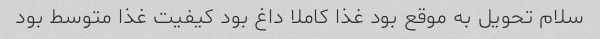
سلام تحویل به موقع بود غذا کاملا داغ بود کیفیت غذا متوسط بود